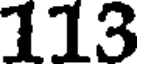
113